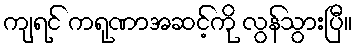
ကျရင် ကရုဏာအဆင့်ကို လွန်သွားပြီ။